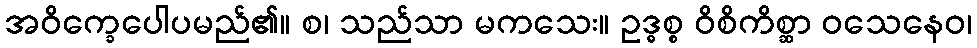
အဝိက္ခေပေါပမည်၏။ စ၊ သည်သာ မကသေး။ ဥဒ္ဓစ္စ ဝိစိကိစ္ဆာ ဝသေနေဝ၊